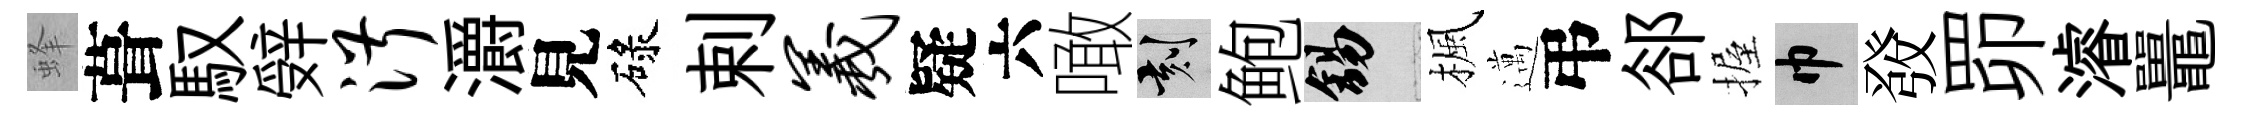
蜂葺馭辤淑灂見碌剌羲疑六噉刻鲍錫楓邁弔郤握巾𤼲𦊑濬鼉